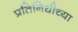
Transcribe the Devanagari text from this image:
प्रतिनिधीच्या